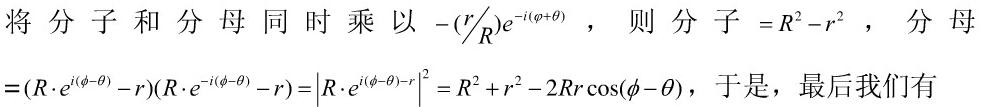
将分子和分母同时乘以 $-(r/R)e^{-i(\varphi+\theta)}$，则分子 $=R^{2}-r^{2}$，分母$=(R\cdot e^{i(\phi-\theta)}-r)(R\cdot e^{-i(\phi-\theta)}-r)=\left|R\cdot e^{i(\phi-\theta)}-r\right|^{2}=R^{2}+r^{2}-2Rr\cos(\phi-\theta)$，于是，最后我们有